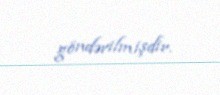
göndərilmişdir.